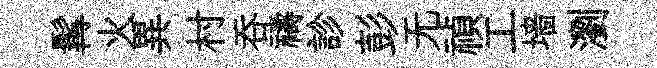
髯火異村呑禱診彭无禎工墙瀏